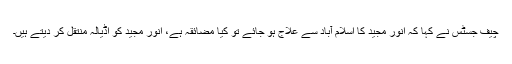
چیف جسٹس نے کہا کہ انور مجید کا اسلام آباد سے علاج ہو جائے تو کیا مضائقہ ہے، انور مجید کو اڈیالہ منتقل کر دیتے ہیں۔